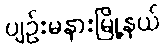
ပျဉ်းမနားမြို့နယ်